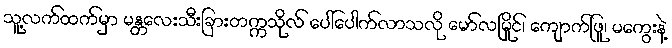
သူ့လက်ထက်မှာ မန္တလေးသီးခြားတက္ကသိုလ် ပေါ်ပေါက်လာသလို မော်လမြိုင်၊ ကျောက်ဖြူ၊ မကွေးနဲ့